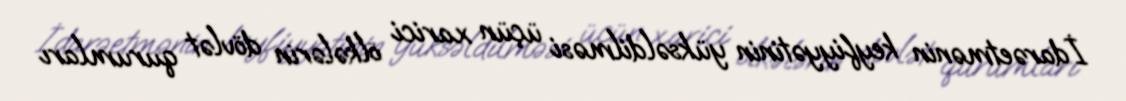
İdarəetmənin keyfiyyətinin yüksəldilməsi üçün xarici ölkələrin dövlət qurumları